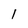
Character: 1